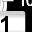
Digit: 1